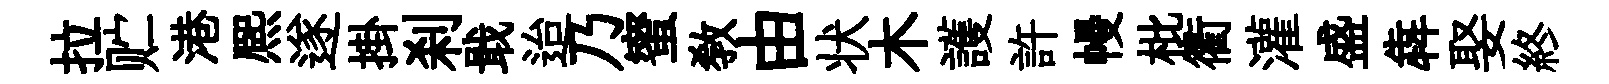
拉贮港熈遂掛刹戢迨乃蜜敎由状木護許幔枇衢灌盛犇娶終